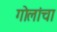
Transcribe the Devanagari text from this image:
गोलांचा